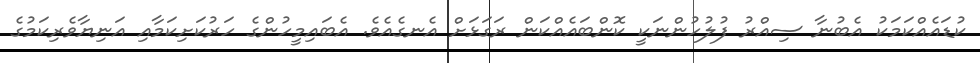
ކުޑައެއްކަމަކު އެބުނާ ސިއްރު ފުލުހުންނަކީ ކޮންބައެއްކަން ރަގަޅަށް އެނގެއެވެ. އެބައިމީހުންގެ ހަރުކަށިކަމާއި އަނިޔާވެރިކަމުގެ